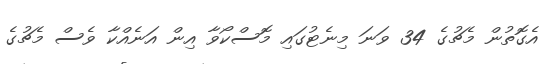
އެގޮތުން މެޗުގެ 34 ވަނަ މިނެޓުގައި މޮސްކޯވާ އިން އަނެއްކާ ވެސް މެޗުގެ